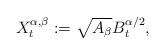
LaTeX: \begin{align*}X^{\alpha,\beta}_t:=\sqrt{A_\beta}B^{\alpha/2}_t,\end{align*}